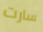
سارت